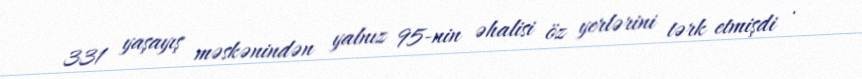
331 yaşayış məskənindən yalnız 95-nin əhalisi öz yerlərini tərk etmişdi .